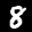
Label: 8